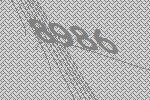
8986